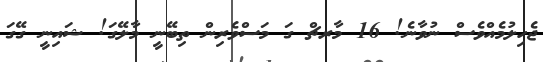
ޖެހިލުމެއްވެސް ނުވާނެ! 16 މާރޗް ގަ މަސްވެރިން ތިބޭނީ މާލޭގަ! ޝައިނީ ގޭގަ